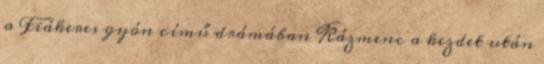
a Fiákeres gyón című drámában Kázmenc a kezdet után